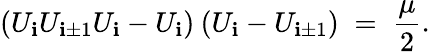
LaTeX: (U_{\mathbf{i}}U_{\mathbf{i}\pm1}U_{\mathbf{i}}-U_{\mathbf{i}})\: (U_{\mathbf{i}}-U_{\mathbf{i}\pm1})\; =\; \frac{{\mu}}{{2}}.